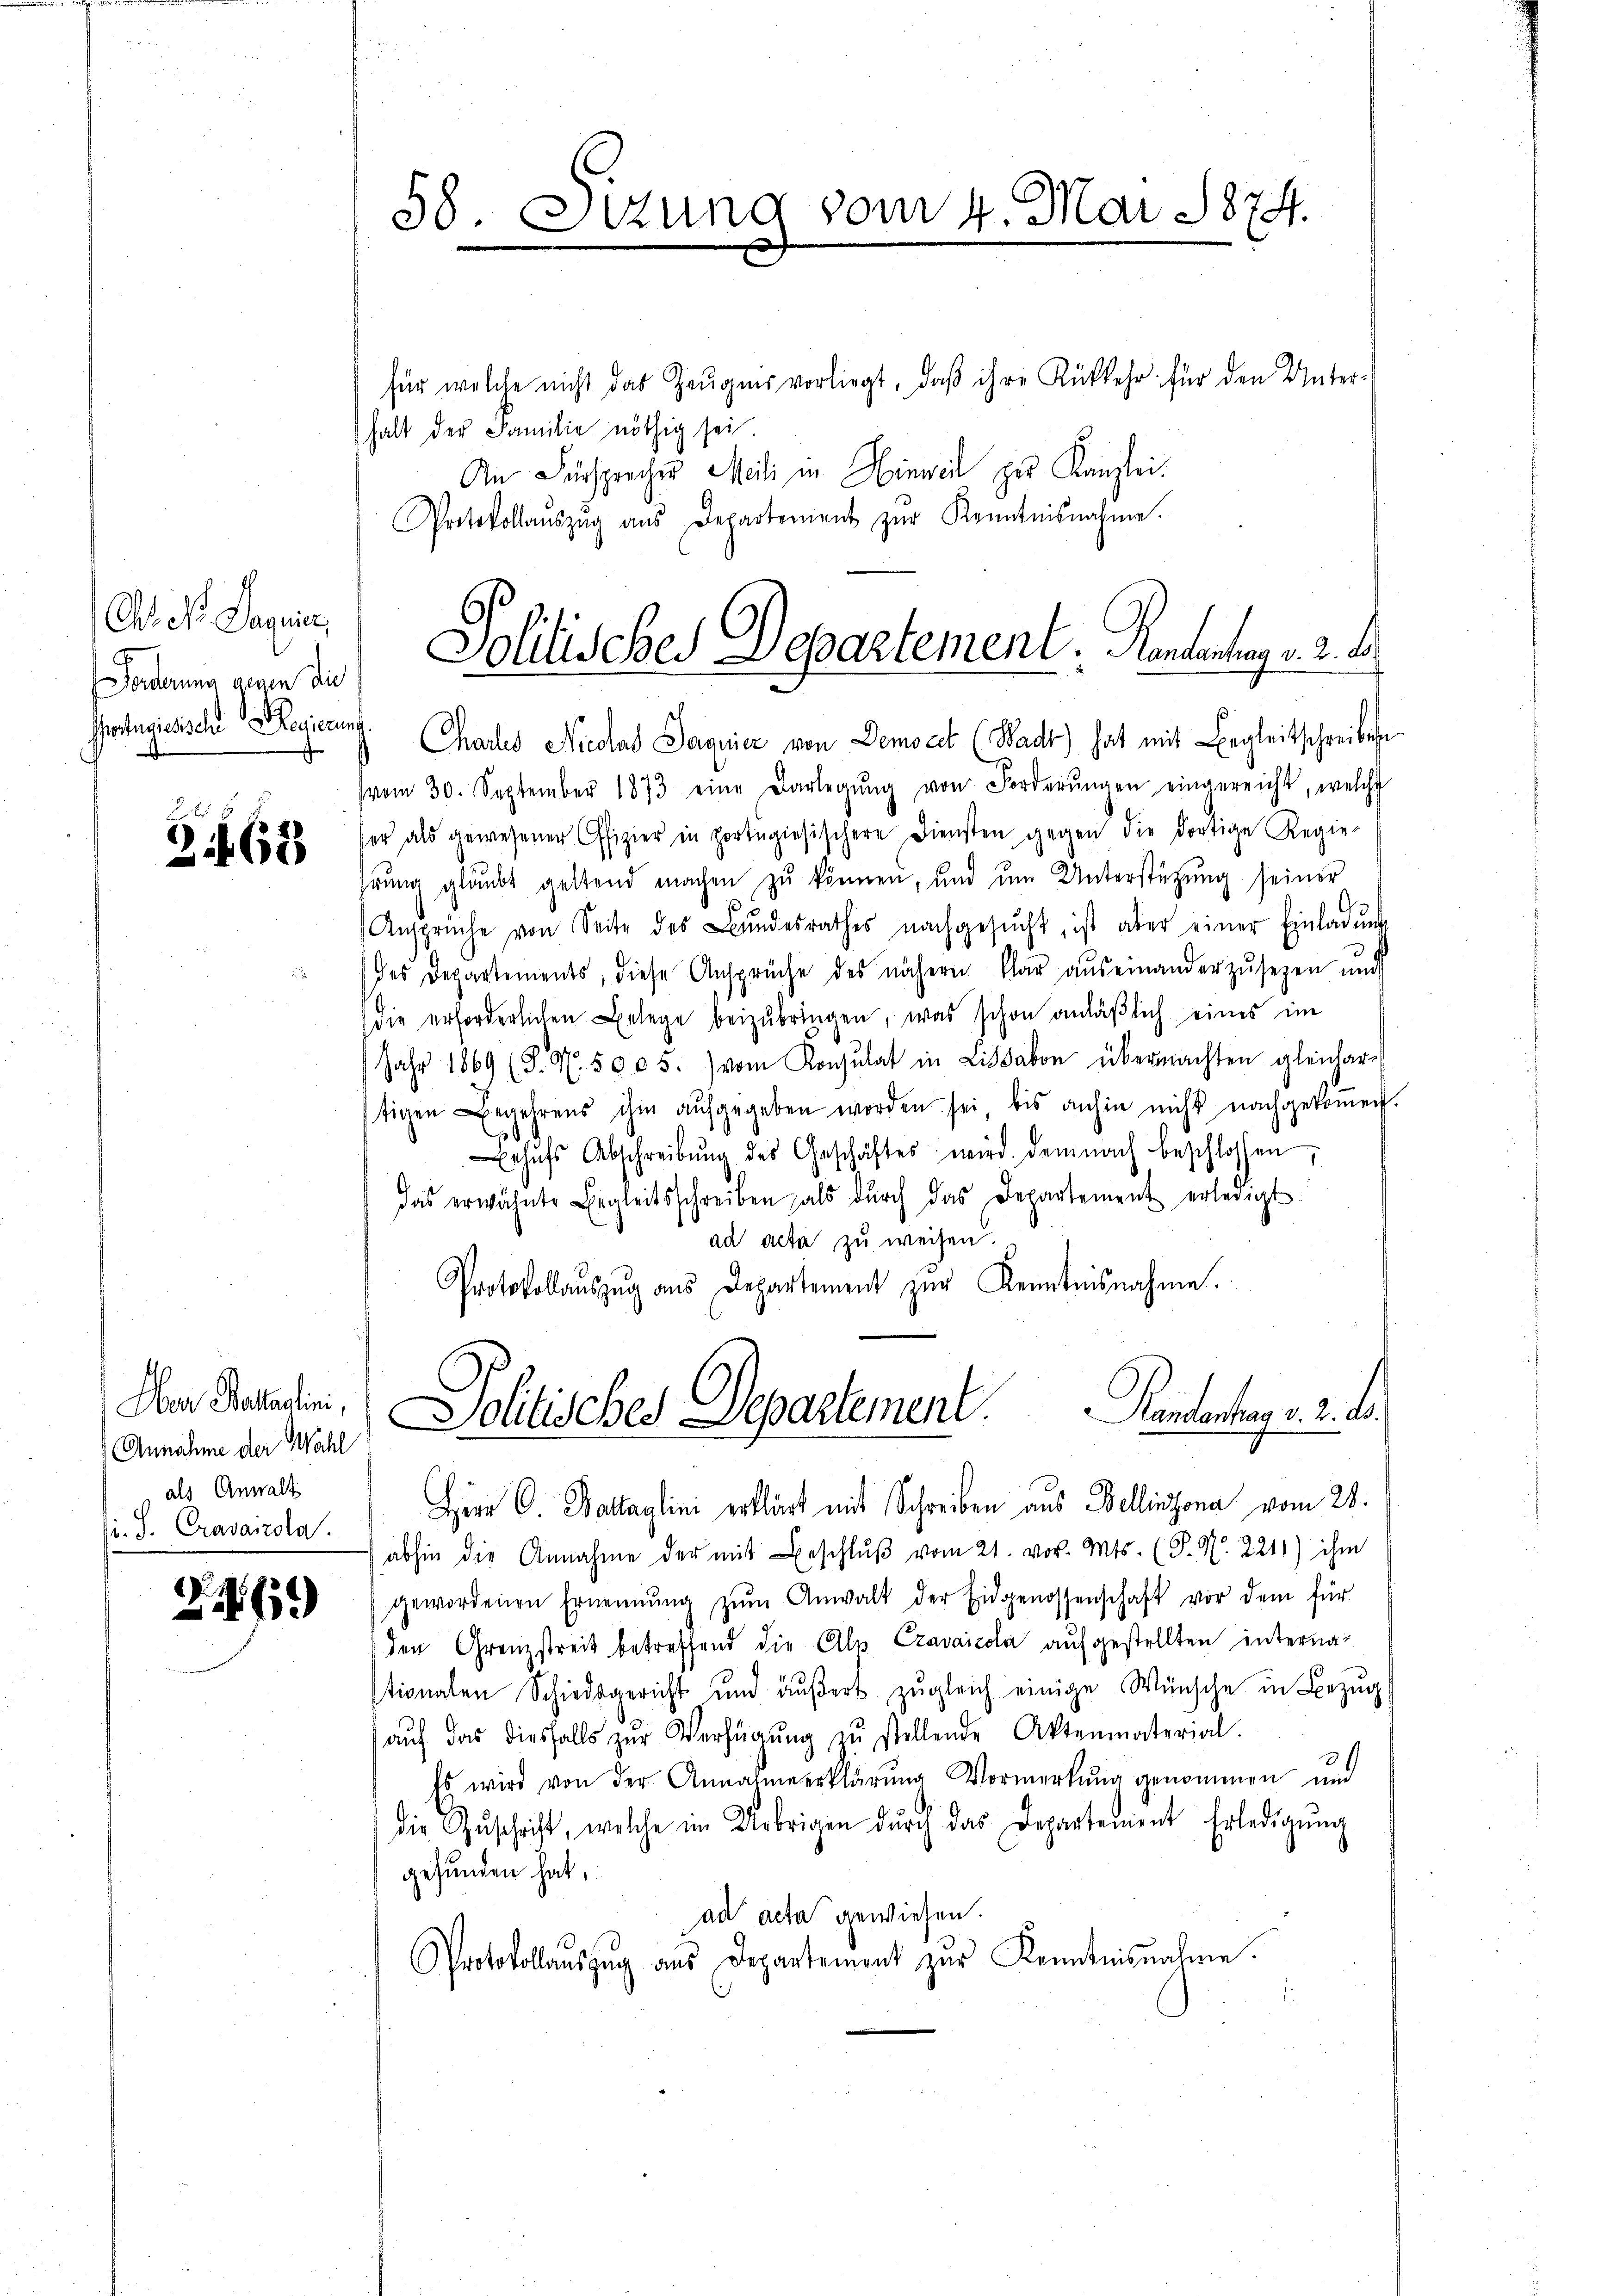
Ch. N. Sagnie,
Forderung denen die
ortugisische Regierung

2
2163

für welche nicht das Zeŭgnis vorliegt, daβ ihre Rükkehr für den Unterhalt der Familie nöthig sei
An Fürsprecher Meili in Hinweil zur Kanzlei.
Protokollaŭszŭg aŭs Departement zŭr Kenntnisnahme.

Oer Ballaslini,
Annahme der Wahl
als Anwalt
si. S. Cravanzola.

61)

58. Sitzung vom 4. Mai 1874.

Chartes Nicolad Daquier von Democet (Wadt) hat mit Begleitschreiben
(vom 30. September 1873 eine Darlegŭng von Forderŭngen eingereicht, welche
ser als gewesener Offizier in portugisischere Diensten gegen die dortige Regie-
rŭng glaubt geltend machen zŭ können, und ŭm Unterstützŭng seiner
Ansprüche von Seite des Bŭndesrathes nachgesŭcht, ist aber einer Einladŭng
des Departements, diese Ansprüche des nähern klar aŭs einanderzŭsezen und
die erforderlichen Belege beizubringen, was schon anläßlich eines im
Jahr 1869 (S. M. 5005.) vom Konsulat in Lissabon übermachten gleichare
stigen Begehrens ihm aŭfgegeben worden sei, bis anhin nicht nachgekoṁen.
Behŭfs Abschreibŭng des Geschäftes wird demnach beschlossen,
das erwähnte Begleitsschreiben als dŭrch das Departement erledigt.
ad acta zu weisen.
Protokollaŭszŭg aŭs Departement zŭr Kenntnisnahme.
Kantentrag v. 2. d.
Politisches Departement.
Hirr 6 Battaglini erklärt mit Schreiben aus Bellinzona vom 28.
abhin die Annahme der mit Beschlŭβ vom 21. vor. Mts. (T. K. 221) ihm
gewordenen Ernennung zŭm Anwalt der Eidgenossenschaft vor dem für
den Grenzstreit betreffend die Als Cravaicola aufgestellten interna-
stionalen Schiedsgericht und äŭβert zŭgleich einige Wünsche in Bezug
aŭf das diesfalls zŭr Verfügŭng zŭ stellende Aktenmaterial.
Es wird von der Annahmeerklärŭng Vormerkŭng genommen und
die Zŭschrift, welche im Uebrigen dŭrch das Departement Erledigŭng
gefunden hat,
ad acta gewiesen.
Protokollaŭszŭg aŭs Departement zŭr Kenntnisnahme.

Politisches Departement. Rententag v. 2. d.